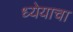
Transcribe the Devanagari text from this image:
ध्येयाचा